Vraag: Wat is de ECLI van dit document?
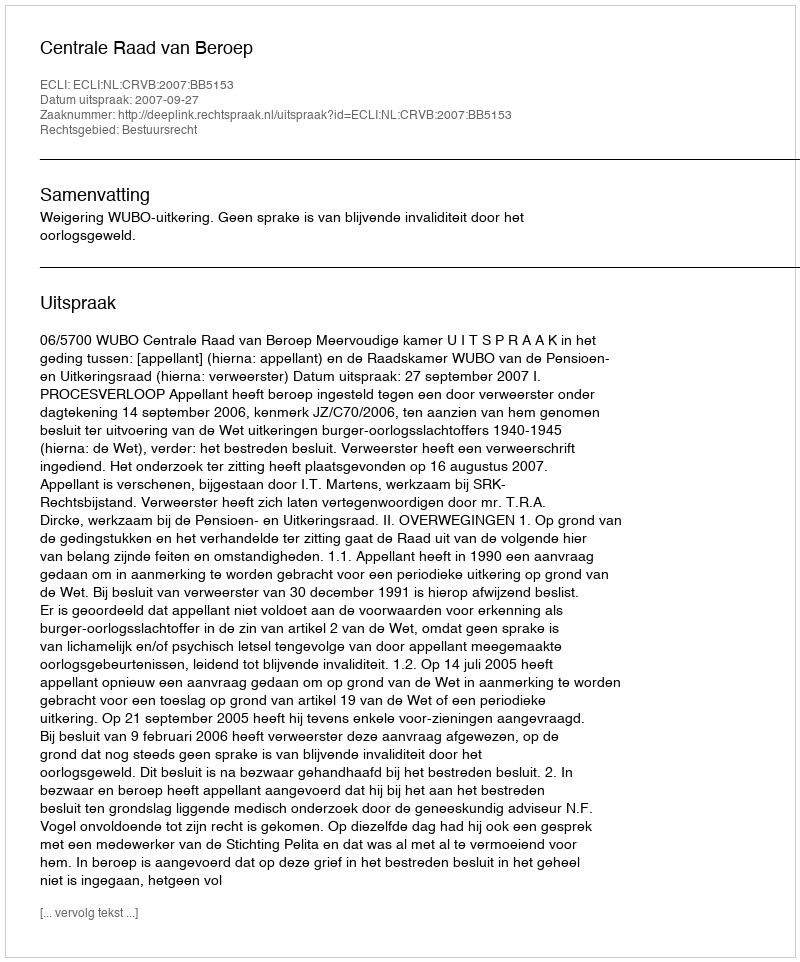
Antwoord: ECLI:NL:CRVB:2007:BB5153